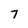
Character: 7